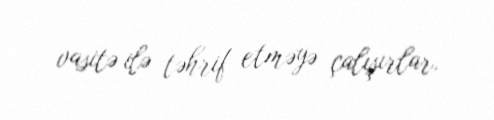
vasitə ilə təhrif etməyə çalışırlar.